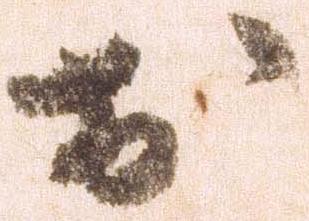
於